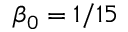
\beta _ { 0 } = 1 / 1 5